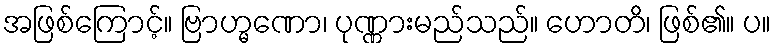
အဖြစ်ကြောင့်။ ဗြာဟ္မဏော၊ ပုဏ္ဏားမည်သည်။ ဟောတိ၊ ဖြစ်၏။ ပ။